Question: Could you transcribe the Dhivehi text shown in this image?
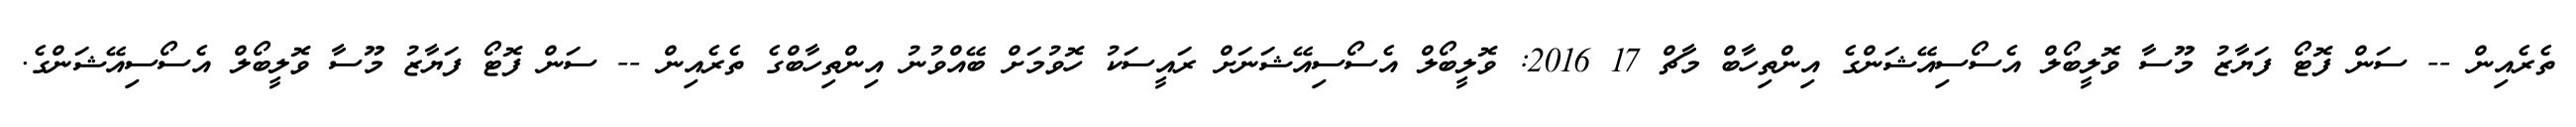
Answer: ތެރެއިން -- ސަން ފޮޓޯ ފަޔާޒު މޫސާ ވޮލީބޯލް އެސޯސިއޭޝަންގެ އިންތިހާބް މާޗް 17 2016: ވޮލީބޯލް އެސޯސިއޭޝަނަށް ރައީސަކު ހޮވުމަށް ބޭއްވުނު އިންތިހާބްގެ ތެރެއިން -- ސަން ފޮޓޯ ފަޔާޒު މޫސާ ވޮލީބޯލް އެސޯސިއޭޝަންގެ.